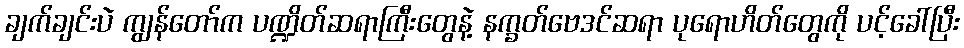
ချက်ချင်းပဲ ကျွန်တော်က ပဏ္ဍိတ်ဆရာကြီးတွေနဲ့ နက္ခတ်ဗေဒင်ဆရာ ပုရောဟိတ်တွေကို ပင့်ခေါ်ပြီး